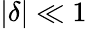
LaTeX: \left|\delta\right|\ll 1